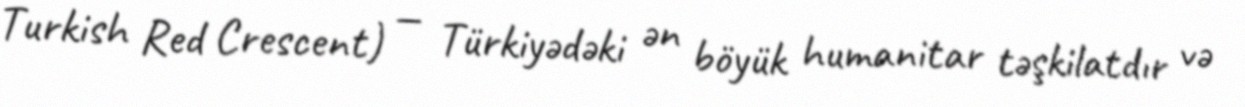
Turkish Red Crescent) — Türkiyədəki ən böyük humanitar təşkilatdır və